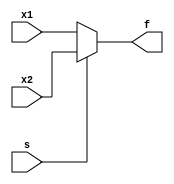
`timescale 1ns / 1ps
//////////////////////////////////////////////////////////////////////////////////

// ID     : N180116
//Branch  : ECE
//Project : RTL design using Verilog
//Design  : 4x1 MUX Using 2x1 MUX
//Module  : mux_2x1
//RGUKT NUZVID 
//////////////////////////////////////////////////////////////////////////////////


module mux_2x1(x1,x2,s,f);
input x1,x2,s;
output f;
assign f = s?(x2):(x1);
endmodule